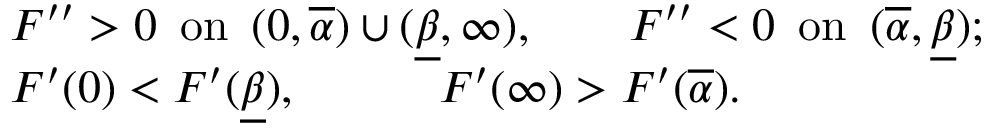
\begin{array} { r l } & { F ^ { \prime \prime } > 0 \, \mathrm { ~ o n ~ } \, ( 0 , \overline { \alpha } ) \cup ( \underline { \beta } , \infty ) , \qquad F ^ { \prime \prime } < 0 \, \mathrm { ~ o n ~ } \, ( \overline { \alpha } , \underline { \beta } ) ; } \\ & { F ^ { \prime } ( 0 ) < F ^ { \prime } ( \underline { \beta } ) , \qquad \quad F ^ { \prime } ( \infty ) > F ^ { \prime } ( \overline { { \alpha } } ) . } \end{array}